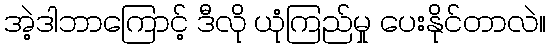
အဲ့ဒါဘာကြောင့် ဒီလို ယုံကြည်မှု ပေးနိုင်တာလဲ။